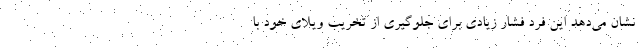
نشان می‌دهد این فرد فشار زیادی برای جلوگیری از تخریب ویلای خود با